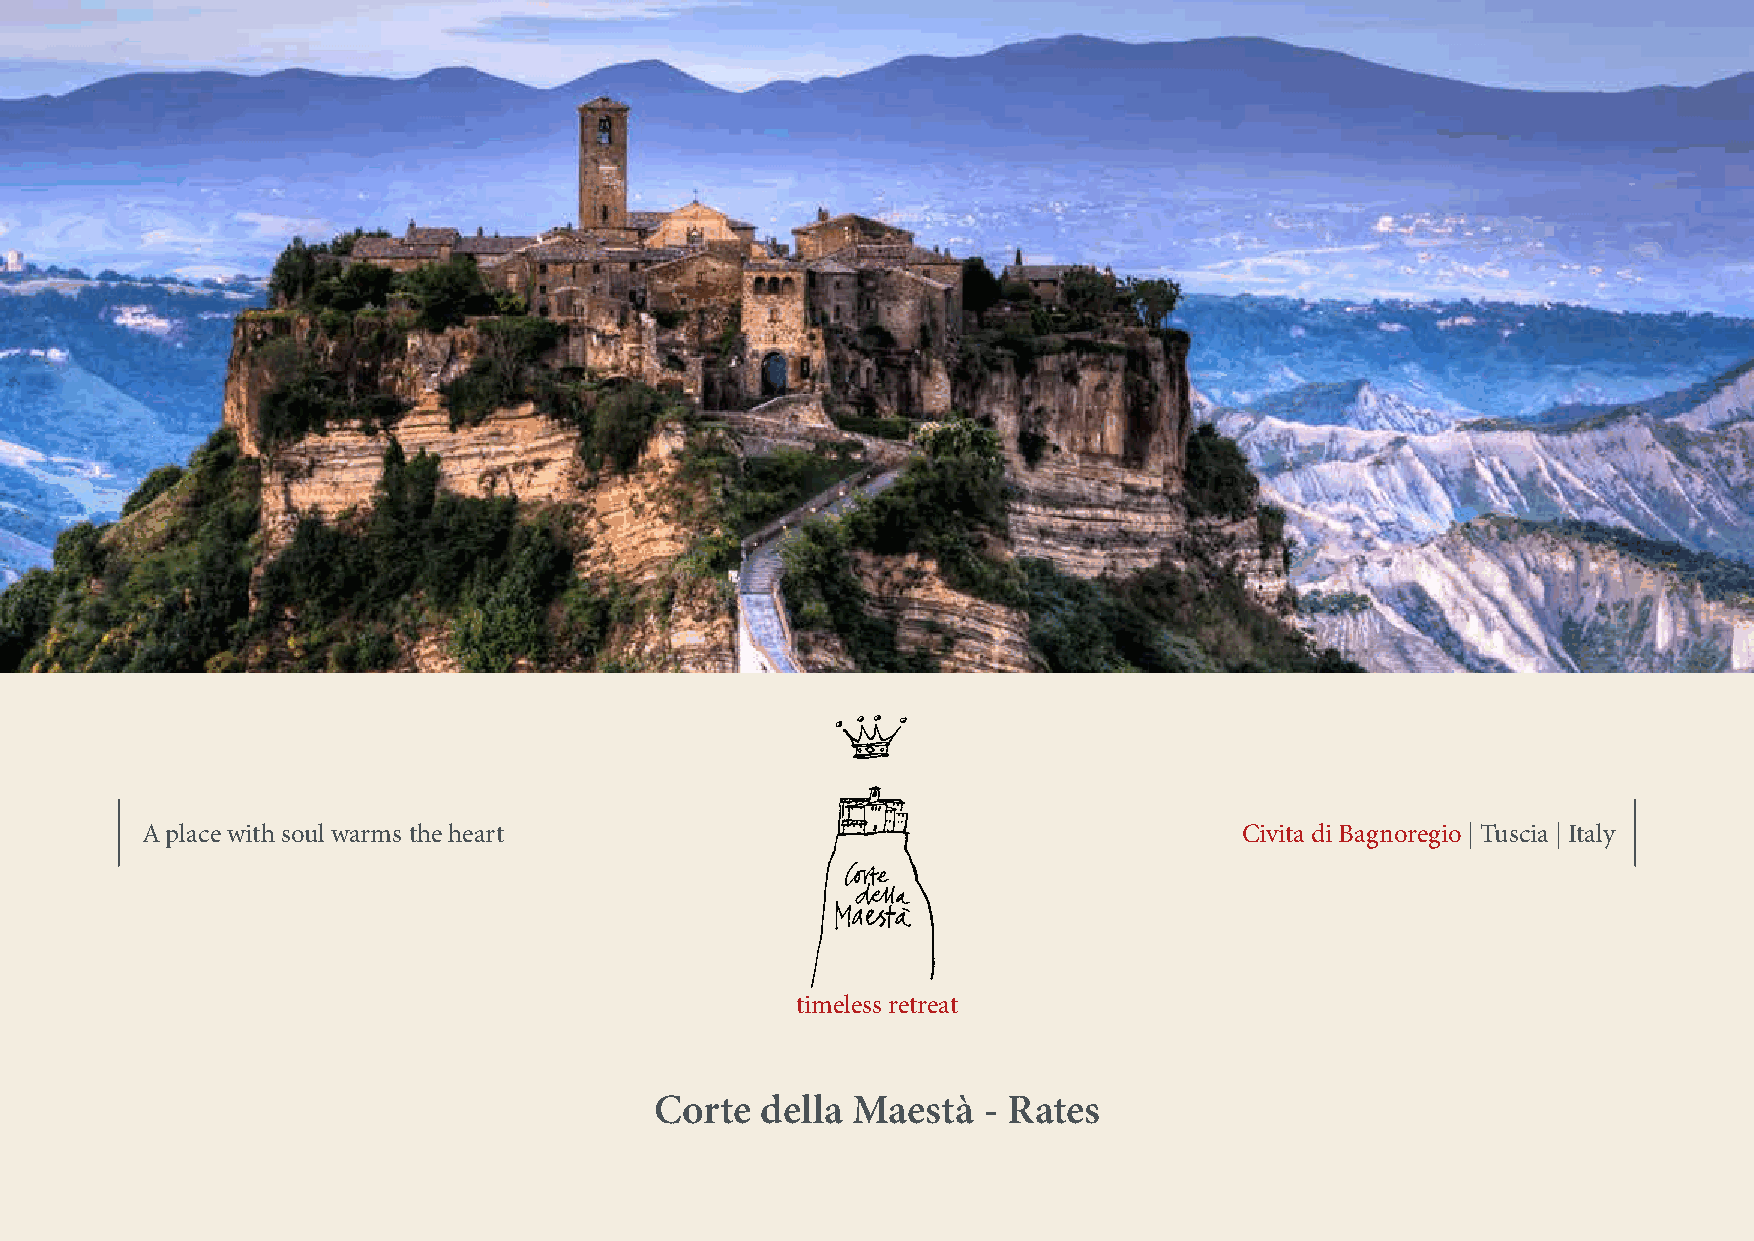
A place with soul warms the heart                                        Civita di Bagnoregio | Tuscia | Italy
 timeless retreat
 Corte  della Maestà   - Rates